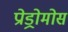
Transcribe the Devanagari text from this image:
प्रोड्रोमोस